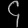
Digit: ၄